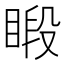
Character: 𥈨